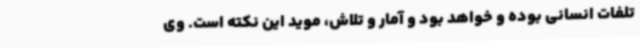
تلفات انسانی بوده و خواهد بود و آمار و تلاش، موید این نکته است. وی